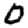
Digit: 0